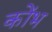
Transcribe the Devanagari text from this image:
कोंभ